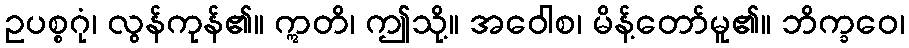
ဥပစ္စဂုံ၊ လွန်ကုန်၏။ ဣတိ၊ ဤသို့။ အဝေါစ၊ မိန့်တော်မူ၏။ ဘိက္ခဝေ၊